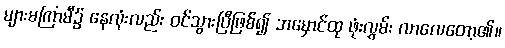
များမကြာမီ၌ နေလုံးလည်း ဝင်သွားပြီဖြစ်၍ အမှောင်ထု ဖုံးလွှမ်း လာလေတော့၏။